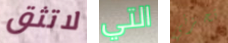
لاتثق التي تحزني